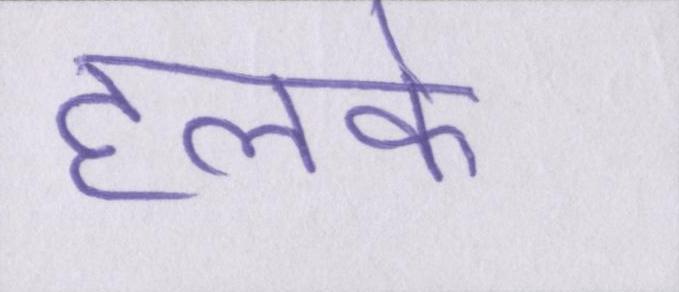
हलके